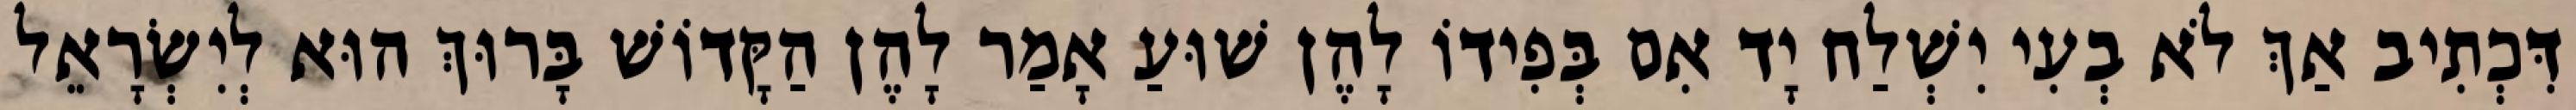
דִּכְתִיב אַךְ לֹא בְעִי יִשְׁלַח יָד אִם בְּפִידוֹ לָהֶן שׁוּעַ אָמַר לָהֶן הַקָּדוֹשׁ בָּרוּךְ הוּא לְיִשְׂרָאֵל